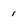
Character: 1